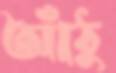
আঁঠু